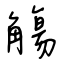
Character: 觴